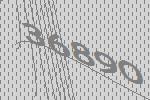
36890